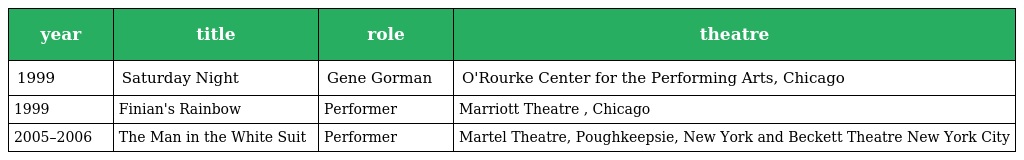
| year | title | role | theatre |
 | --- | --- | --- | --- |
 | 1999 | Saturday Night | Gene Gorman | O'Rourke Center for the Performing Arts, Chicago |
 | 1999 | Finian's Rainbow | Performer | Marriott Theatre , Chicago |
 | 2005–2006 | The Man in the White Suit | Performer | Martel Theatre, Poughkeepsie, New York and Beckett Theatre New York City |